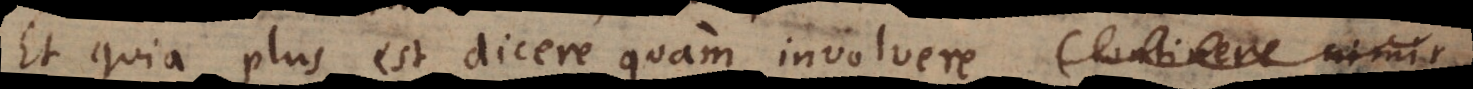
Et quia plus est dicere quam involvere (continere